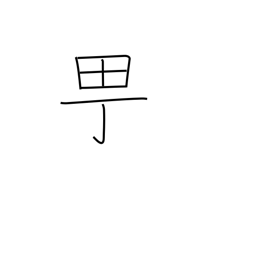
Meaning: town